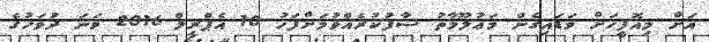
އަށް މިއޮފީހަށް ވަޑައިގެން މަޢުލޫމާތު ސާފުކުރެއްވުމަށްފަހު 10 އެޕްރީލް 2016 ވަނަ ދުވަހުގެ